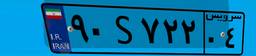
۹۰S۷۲۲۰۴